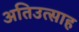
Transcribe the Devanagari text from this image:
अतिउत्साह